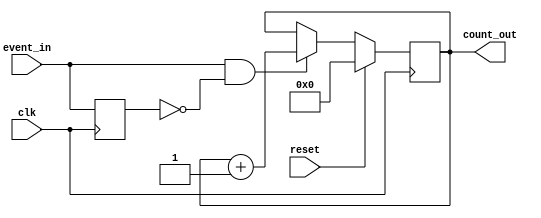
module event_triggered_counter #(
    parameter N = 8  // Width of the counter (number of bits)
)(
    input wire clk,          // Clock signal
    input wire reset,        // Synchronous reset signal
    input wire event_in,     // Event input signal
    output reg [N-1:0] count_out // Count output
);

    reg event_last; // Register to hold the last state of event_in

    always @(posedge clk) begin
        if (reset) begin
            count_out <= 0; // Reset the counter to zero
        end else begin
            // Edge detection: increment on the rising edge of event_in
            if (event_in && !event_last) begin
                count_out <= count_out + 1; // Increment the counter
            end
        end
        event_last <= event_in; // Update the last event state
    end

endmodule